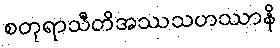
စတုရာသီတိအဿသဟဿာနိ